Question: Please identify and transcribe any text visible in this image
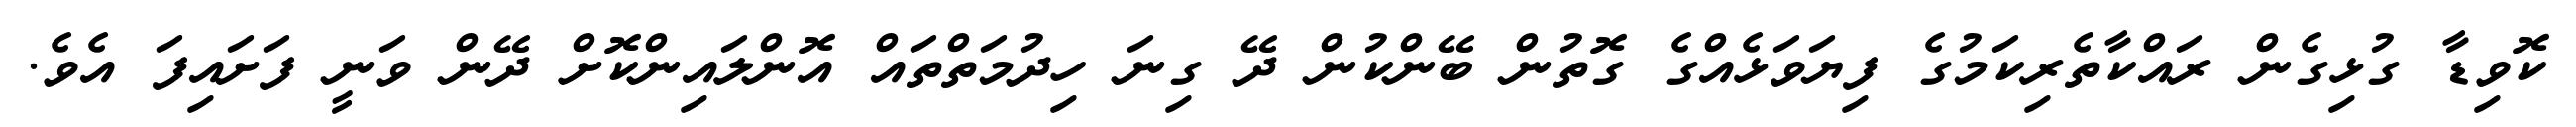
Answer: ކޮވިޑާ ގުޅިގެން ރައްކާތެރިކަމުގެ ފިޔަވަޅެއްގެ ގޮތުން ބޭންކުން ދޭ ގިނަ ހިދުމަތްތައް އޮންލައިންކޮށް ދޭން ވަނީ ފަށައިފަ އެވެ.